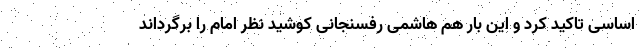
اساسی تاکید کرد و این بار هم هاشمی رفسنجانی کوشید نظر امام را برگرداند